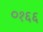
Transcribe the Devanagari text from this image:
०१६६